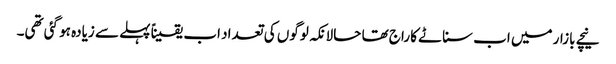
نیچے بازار میں اب سناٹے کا راج تھا حالانکہ لوگوں کی تعداد اب یقیناً پہلے سے زیادہ ہو گئی تھی۔